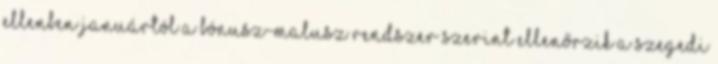
Ellenben januártól a bónusz-malusz rendszer szerint ellenőrzik a szegedi